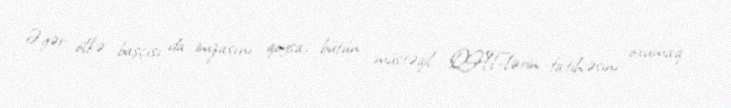
Əgər ölkə başçısı da imzasını qoysa, bütün müstəqil QHT-lərin fatihəsini oxumaq